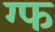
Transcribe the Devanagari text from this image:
ग्फ